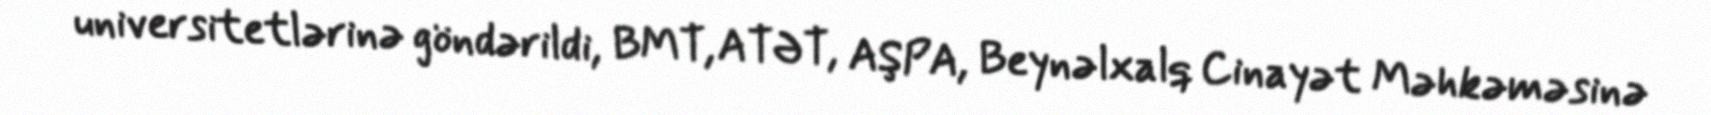
universitetlərinə göndərildi, BMT, ATƏT, AŞPA, Beynəlxalq Cinayət Məhkəməsinə